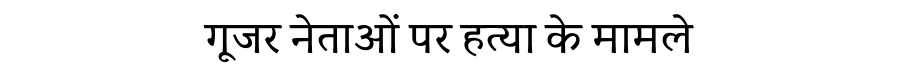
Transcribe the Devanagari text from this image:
गूजर नेताओं पर हत्या के मामले